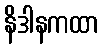
နိဒါနကထာ